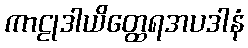
ကာဠုဒါယိတ္ထေရအပဒါနံ